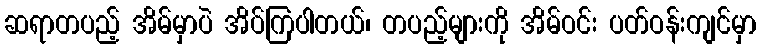
ဆရာတပည့် အိမ်မှာပဲ အိပ်ကြပါတယ်၊ တပည့်များကို အိမ်ဝင်း ပတ်ဝန်းကျင်မှာ